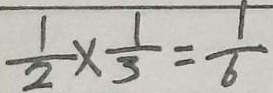
\frac { 1 } { 2 } \times \frac { 1 } { 3 } = \frac { 1 } { 6 }